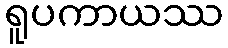
ရူပကာယဿ